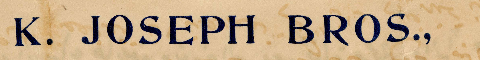
K. JOSEPH BROS.,